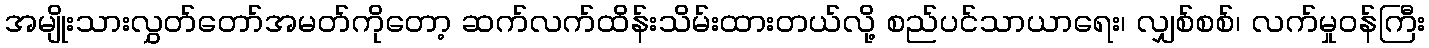
အမျိုးသားလွှတ်တော်အမတ်ကိုတော့ ဆက်လက်ထိန်းသိမ်းထားတယ်လို့ စည်ပင်သာယာရေး၊ လျှစ်စစ်၊ လက်မှုဝန်ကြီး